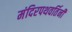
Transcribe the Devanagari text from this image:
मंदिरपथवर्तिनी